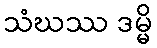
သံဃဿ ဒမ္မိ